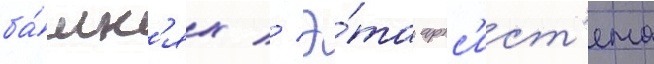
ба́шн'ях // Э́та артс'ист'ема